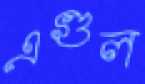
এগুল